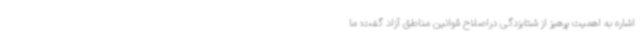
اشاره به اهمیت پرهیز از شتابزدگی دراصلاح قوانین مناطق آزاد گفت: ما